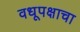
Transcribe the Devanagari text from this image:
वधूपक्षाचा